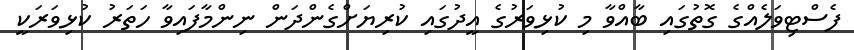
ފެސްޓިވަލެއްގެ ގޮތުގައި ބާއްވާ މި ކުޅިވަރުގެ އީދުގައި ކުރިޔަށްގެންދަން ނިންމާފައިވާ ހަތަރު ކުޅިވަރަކީ